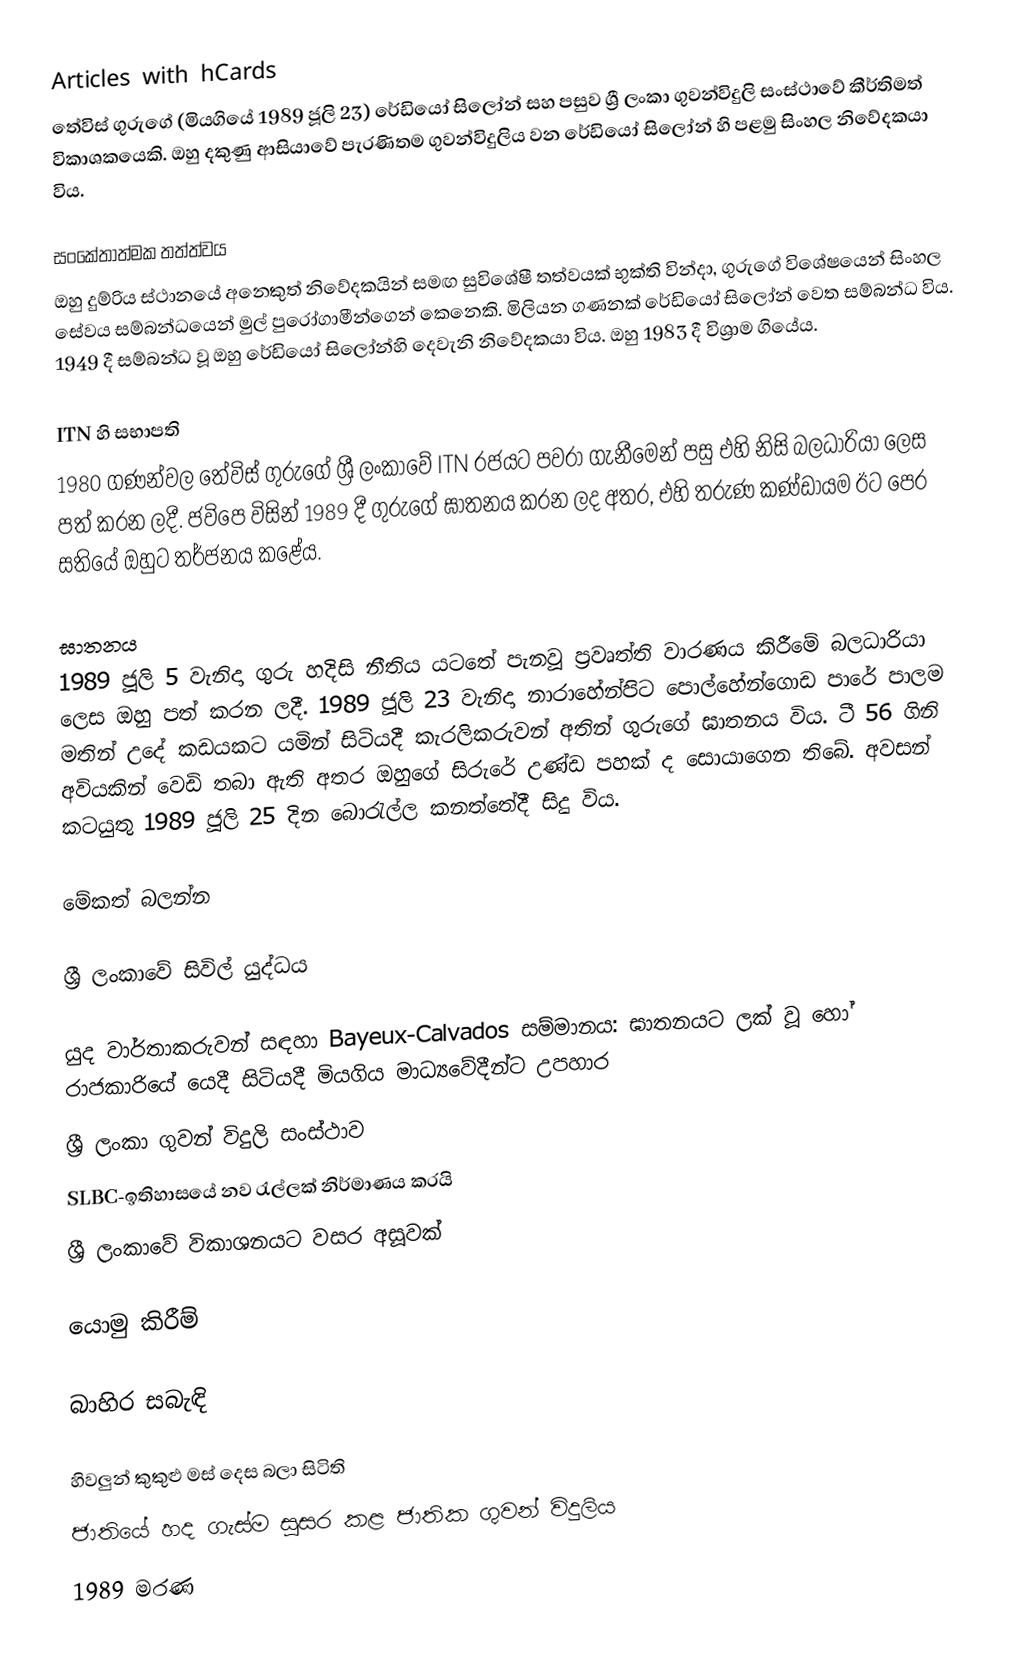
Articles with hCards
තේවිස් ගුරුගේ (මියගියේ 1989 ජූලි 23) රේඩියෝ සිලෝන් සහ පසුව ශ්‍රී ලංකා ගුවන්විදුලි සංස්ථාවේ කීර්තිමත් විකාශකයෙකි. ඔහු දකුණු ආසියාවේ පැරණිතම ගුවන්විදුලිය වන රේඩියෝ සිලෝන් හි පළමු සිංහල නිවේදකයා විය.

සංකේතාත්මක තත්ත්වය
ඔහු දුම්රිය ස්ථානයේ අනෙකුත් නිවේදකයින් සමඟ සුවිශේෂී තත්වයක් භුක්ති වින්දා, ගුරුගේ විශේෂයෙන් සිංහල සේවය සම්බන්ධයෙන් මුල් පුරෝගාමීන්ගෙන් කෙනෙකි. මිලියන ගණනක් රේඩියෝ සිලෝන් වෙත සම්බන්ධ විය. 1949 දී සම්බන්ධ වූ ඔහු රේඩියෝ සිලෝන්හි දෙවැනි නිවේදකයා විය. ඔහු 1983 දී විශ්‍රාම ගියේය.

ITN හි සභාපති
1980 ගණන්වල තේවිස් ගුරුගේ ශ්‍රී ලංකාවේ ITN රජයට පවරා ගැනීමෙන් පසු එහි නිසි බලධාරියා ලෙස පත් කරන ලදී. ජවිපෙ විසින් 1989 දී ගුරුගේ ඝාතනය කරන ලද අතර, එහි තරුණ කණ්ඩායම ඊට පෙර සතියේ ඔහුට තර්ජනය කළේය.

ඝාතනය
1989 ජූලි 5 වැනිදා ගුරු හදිසි නීතිය යටතේ පැනවූ ප්‍රවෘත්ති වාරණය කිරීමේ බලධාරියා ලෙස ඔහු පත් කරන ලදී. 1989 ජූලි 23 වැනිදා නාරාහේන්පිට පොල්හේන්ගොඩ පාරේ පාලම මතින් උදේ කඩයකට යමින් සිටියදී කැරලිකරුවන් අතින් ගුරුගේ ඝාතනය විය. ටී 56 ගිනි අවියකින් වෙඩි තබා ඇති අතර ඔහුගේ සිරුරේ උණ්ඩ පහක් ද සොයාගෙන තිබේ. අවසන් කටයුතු 1989 ජූලි 25 දින බොරැල්ල කනත්තේදී සිදු විය.

මේකත් බලන්න

 ශ්‍රී ලංකාවේ සිවිල් යුද්ධය

 යුද වාර්තාකරුවන් සඳහා Bayeux-Calvados සම්මානය: ඝාතනයට ලක් වූ හෝ රාජකාරියේ යෙදී සිටියදී මියගිය මාධ්‍යවේදීන්ට උපහාර
 ශ්‍රී ලංකා ගුවන් විදුලි සංස්ථාව
 SLBC-ඉතිහාසයේ නව රැල්ලක් නිර්මාණය කරයි
 ශ්‍රී ලංකාවේ විකාශනයට වසර අසූවක්

යොමු කිරීම්

බාහිර සබැඳි

 හිවලුන් කුකුළු මස් දෙස බලා සිටිති
 ජාතියේ හද ගැස්ම සුසර කළ ජාතික ගුවන් විදුලිය
1989 මරණ